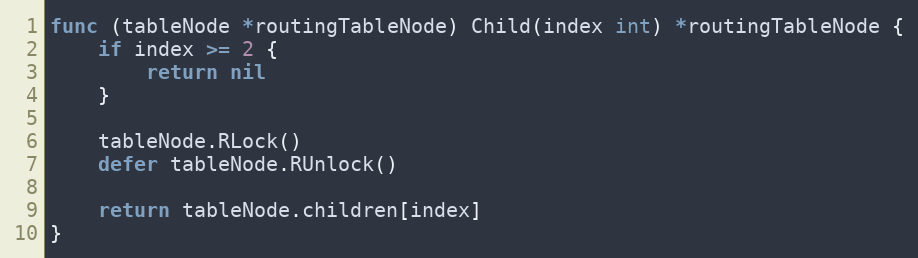
Language: Go
func (tableNode *routingTableNode) Child(index int) *routingTableNode {
	if index >= 2 {
		return nil
	}

	tableNode.RLock()
	defer tableNode.RUnlock()

	return tableNode.children[index]
}